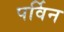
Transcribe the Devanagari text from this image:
पर्विन